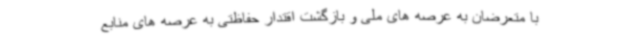
با متعرضان به عرصه های ملی و بازگشت اقتدار حفاظتی به عرصه های منابع